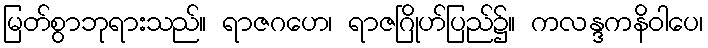
မြတ်စွာဘုရားသည်။ ရာဇဂဟေ၊ ရာဇဂြိုဟ်ပြည်၌။ ကလန္ဒကနိဝါပေ၊